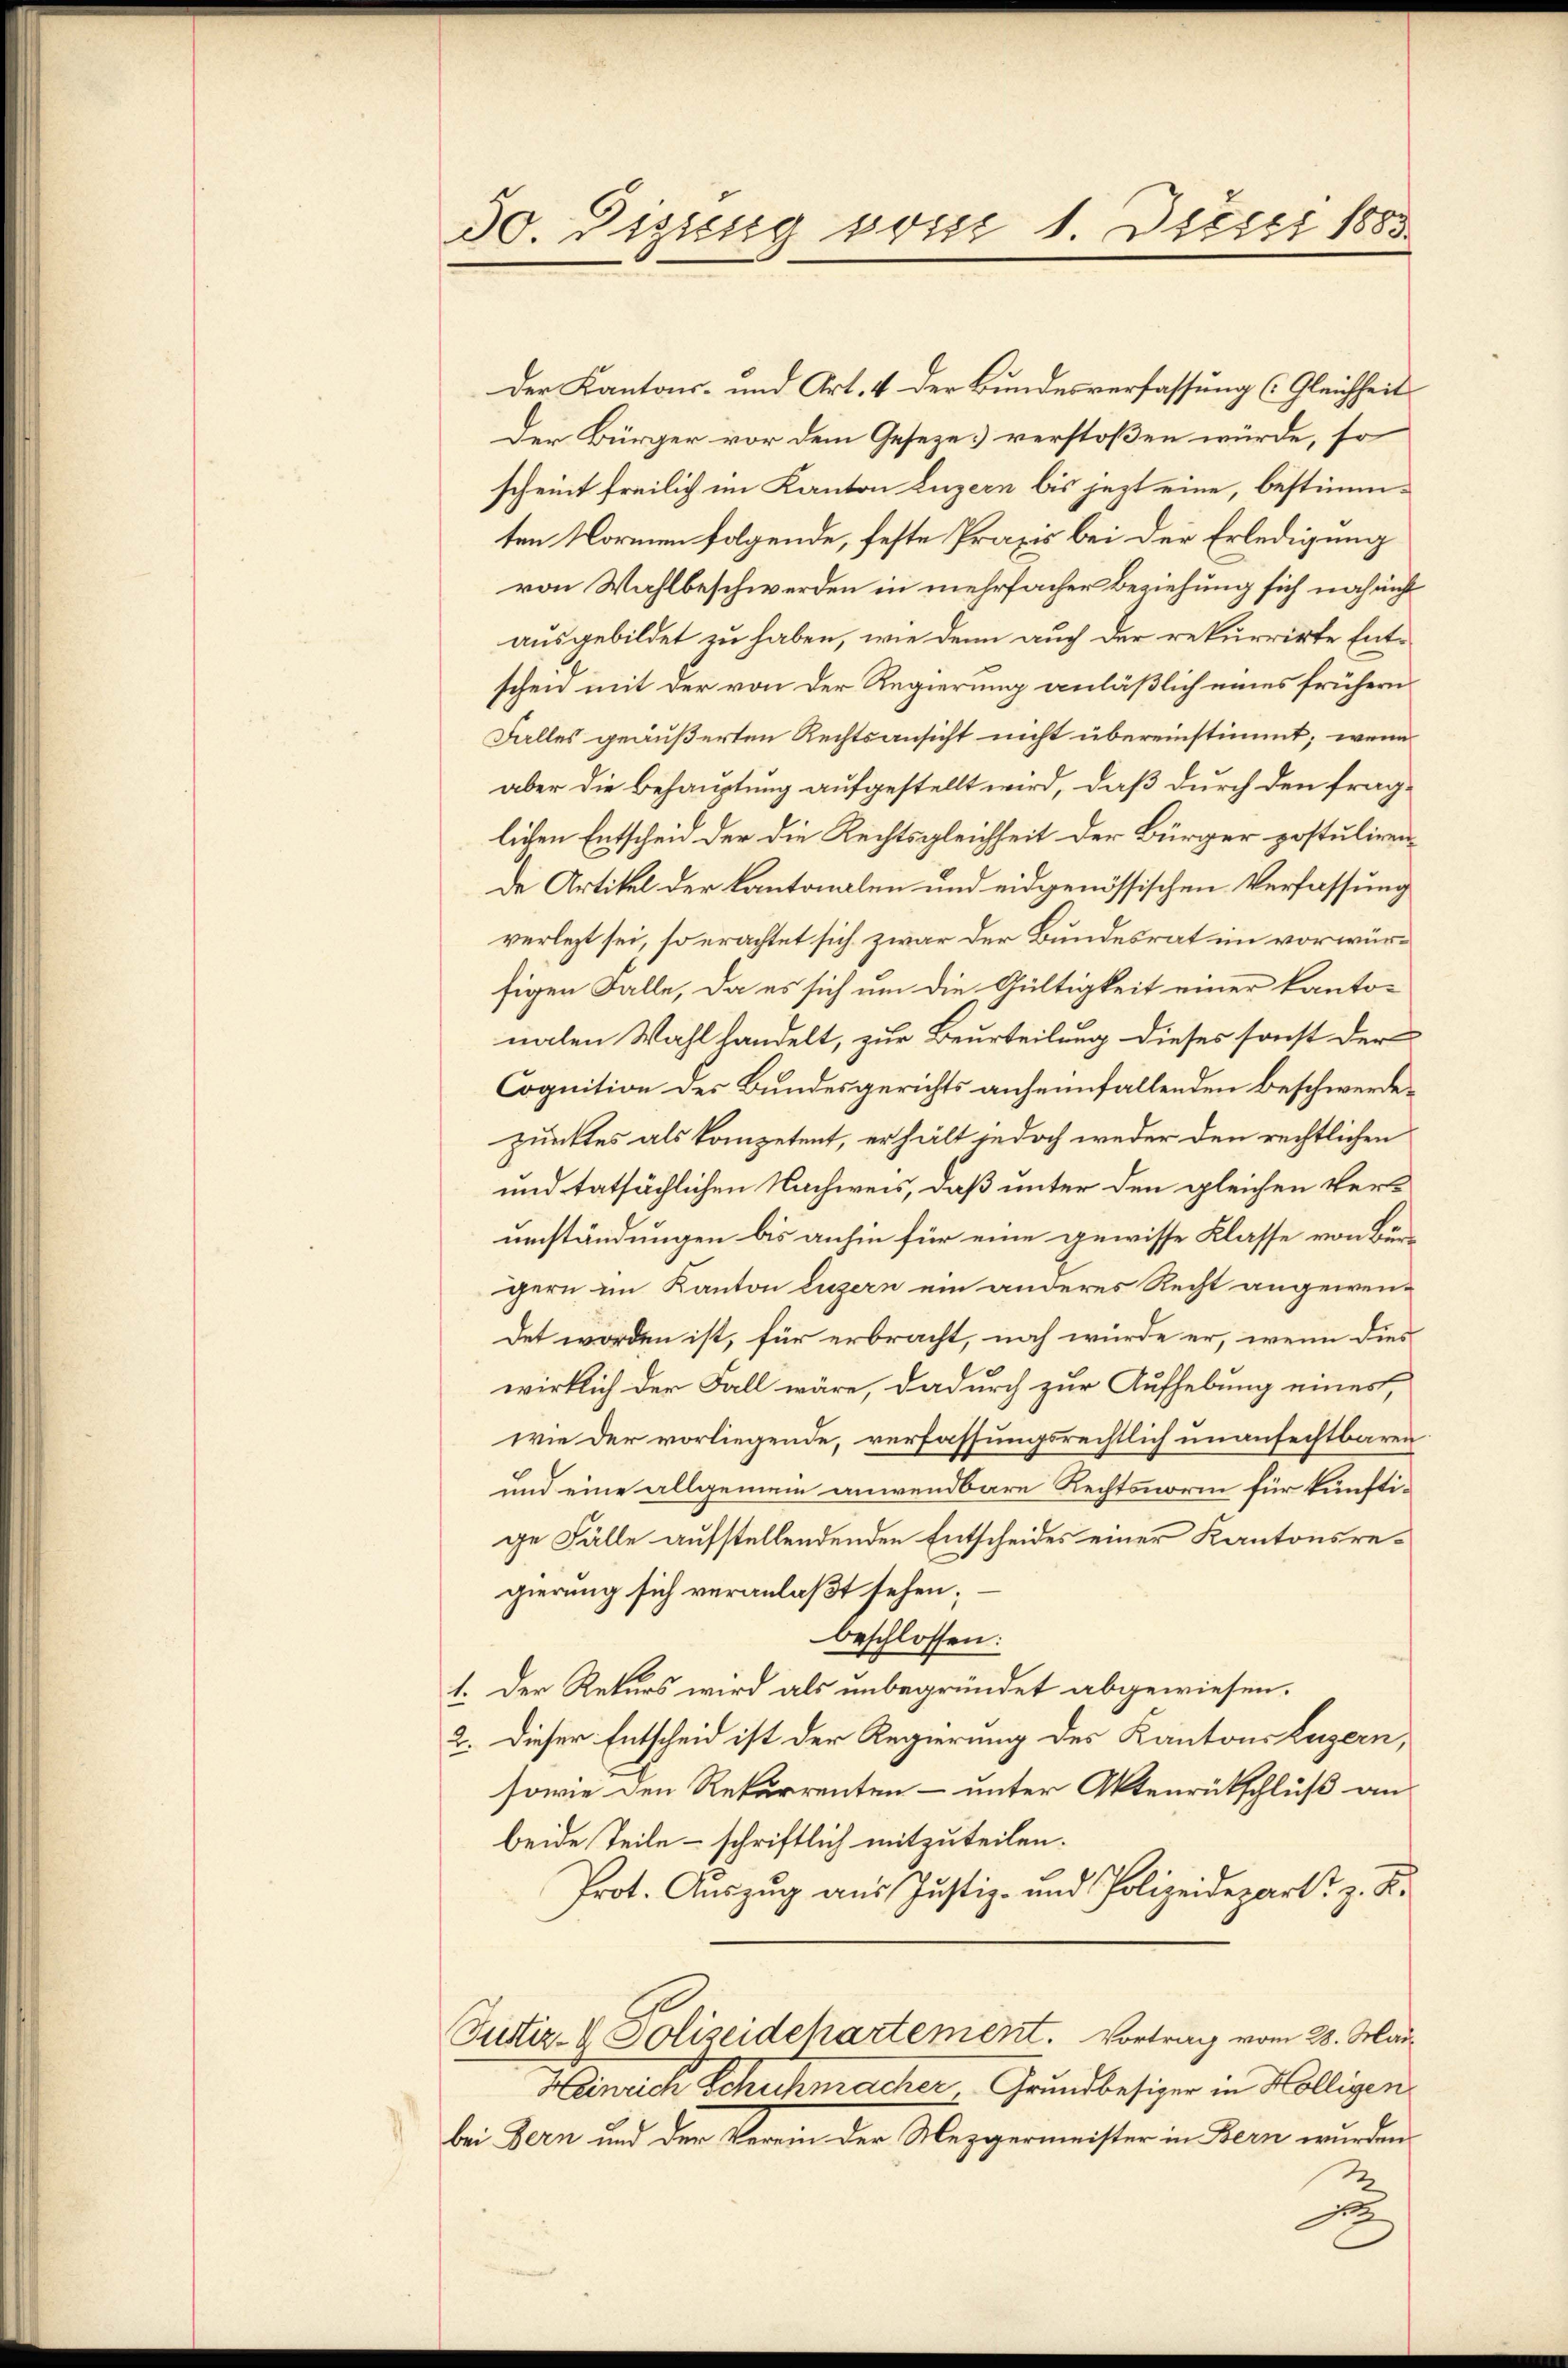
50. Dizung brit 1 Prusti 1883

Der Kantons- und Art. 4 der Bundesverfassung (Gleichheit
Der Bürger vor dem Geseze verstoßen würde, so
scheint freilich im Kanton Luzern bis jezt eine, bestimmten Normen folgende, feste Praxis bei der Erledigung
von Wahlbeschwerden in mehrfacher Beziehung sich noch nicht
ausgebildet zu haben, wie denn auch der rekurrirte Entscheid mit der von der Regierung anläßlich eines frühern
Falles geäußerten Rechtsansicht nicht übereinstimmt; wenn
aber die Behauptung aufgestellt wird, daß durch den fraglichen Entscheid der die Rechtsgleichheit der Bürger postulirende Artikel der Kantonalen und eidgenössischen Verfassung
verlegt sei, so erachtet sich zwar der Bundesrat im vorwürfigen Falle, da es sich um die Gültigkeit einer kanto-
nalen Wahl handelt, zur Beurteilung dieses sonst der
Cognition des Bundesgerichts anheimfallenden Beschwerdepunktes als kompetent, erhält jedoch weder den rechtlichen
und tatsächlichen Nachweis, daß unter den gleichen Verumständungen bis anhin für eine gewisse Klasse von Bürgern im Kanton Luzern ein anderes Recht angewen-
det worden ist, für erbracht, noch würde er, wenn dies
wirklich der Fall wäre, dadurch zur Aufhebung eines,
wie der vorliegende, verfassungsrechtlich unanfechtbaren
und eine allgemein anwendbare Rechtsnorm für künftige Fälle aufstellendenden Entscheides einer Kantonsregierung sich veranlaßt sehen;
beschlossen:
1. Der Rekurs wird als unbegründet abgewiesen.
2. Dieser Entscheid ist der Regierung des Kantons Luzern,
sowie den Rekurrenten- unter Aktenrückschluß an
beide Teile – schriftlich mitzuteilen.
Prot. Aŭszŭg aŭs Justiz- und Polizeidepart z. B.
Justiz- & Polizeidehartement. Vortrag vom 28. Mär
Heinrich Schuhmacher Grundbesizer in Holligen
bei Bern und der Verein der Mezgermeister in Bern wurden.
x